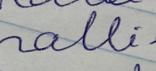
Signature authenticity: forged